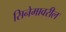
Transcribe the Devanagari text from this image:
सिनेमावरील